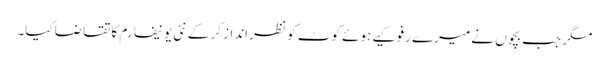
مگر جب بچوں نے میرے رفو کیے ہوئے کوٹ کو نظر انداز کر کے نئی یونیفارم کا تقاضا کیا۔